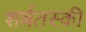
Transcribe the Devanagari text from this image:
शर्बतस्की